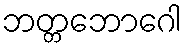
ဘတ္တဘောဂေါ